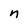
Character: n